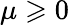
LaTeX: \mu\geqslant 0